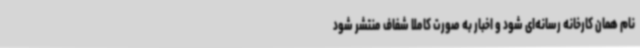
نام همان کارخانه رسانه‌ای شود و اخبار به صورت کاملا شفاف منتشر شود